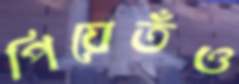
পিয়েতঁও